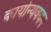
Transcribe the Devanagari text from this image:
कार्यान्यवयन